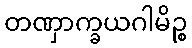
တဏှာက္ခယဂါမိဉ္စ